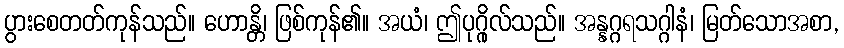
ပွားစေတတ်ကုန်သည်။ ဟောန္တိ၊ ဖြစ်ကုန်၏။ အယံ၊ ဤပုဂ္ဂိုလ်သည်။ အန္နဂ္ဂရသဂ္ဂါနံ၊ မြတ်သောအစာ,